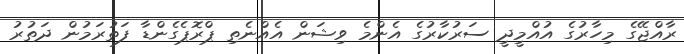
ރާއްޖޭގެ މިހާރުގެ އުއްމީދީ ސަރުކާރުގެ އެންމެ ވިޝަން އެއްނެތި ޕްރޮޕެގެންޑާ ފަތުރަމުން ދަތުރު